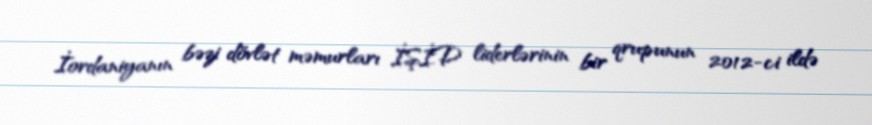
İordaniyanın bəzi dövlət məmurları İŞİD liderlərinin bir qrupunun 2012-ci ildə